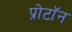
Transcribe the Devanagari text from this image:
प्रोटाॅन